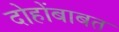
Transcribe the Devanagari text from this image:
दोहोंबाबत